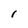
Character: l